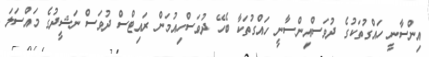
އިންސާނީ ހައްގުތަކުގެ ދުވަސްއިންސާނީ ހައްގުތަކާ ބެހޭ ދުވަސްހިއުމަން ރައިޓްސް ދުވަސް ނަޝީދުގެ މައްސަލަ